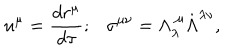
u ^ { \mu } = { \frac { d r ^ { \mu } } { d \tau } } ; \sigma ^ { \mu \nu } = \Lambda _ { \lambda } ^ { ~ \mu } \dot { \Lambda } ^ { \lambda \nu } ,